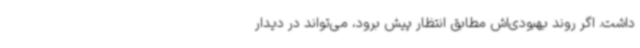
داشت. اگر روند بهبودی‌اش مطابق انتظار پیش برود، می‌تواند در دیدار